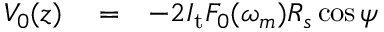
\begin{array} { r l r } { V _ { 0 } ( z ) } & { { } = } & { - 2 I _ { \mathrm { t } } F _ { 0 } ( \omega _ { m } ) R _ { s } \cos \psi } \end{array}